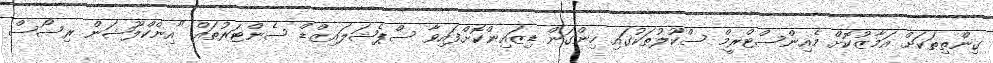
ގިންތިތަކަށް އަމާޒުކޮށް މެއިންސްޓްރީމް ސްކޫލުތަކުގައި ހިންގަން ޑިޒައިންކޮށްފައިވާ ސްޕެޝަލައިޒްޑް ސެންޓަރުތައް "އިންކްލޫޝަން ރިސޯސް